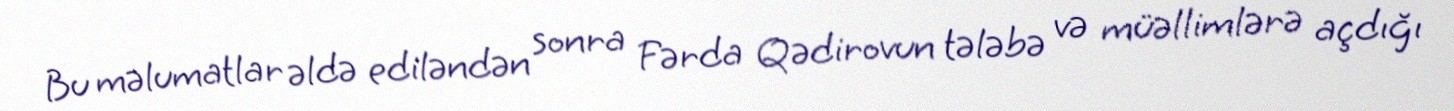
Bu məlumatlar əldə ediləndən sonra Fərda Qədirovun tələbə və müəllimlərə açdığı